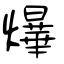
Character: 爗